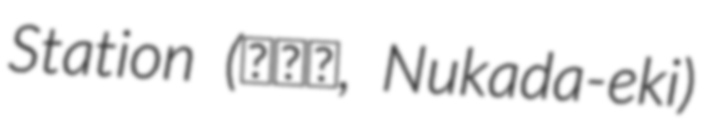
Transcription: Station (額田駅, Nukada-eki)